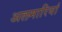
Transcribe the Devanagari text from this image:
अलमारियां